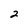
Character: 2